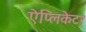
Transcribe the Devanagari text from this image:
ऐप्लिकेटर